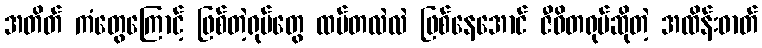
အတိတ် ကံတွေကြောင့် ဖြစ်တဲ့ရုပ်တွေ ထပ်တလဲလဲ ဖြစ်နေအောင် ဇီဝိတရုပ်ဆိုတဲ့ အထိန်းဓာတ်